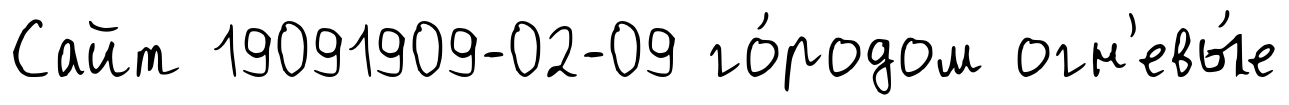
Сайт 19091909-02-09 го́родом огн'евы́е